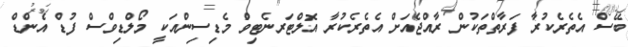
ބޭސް އެތެރެކުރާ ފަރާތްތަކުން ރާއްޖެއަށް އެތެރެކުރާ އޮލްޓަރނެޓިވް މެޑިސިންއަކީ މޯލްޑިވްސް ފުޑް އެންޑް